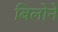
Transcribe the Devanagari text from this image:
बिलोने